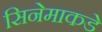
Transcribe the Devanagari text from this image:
सिनेमाकडे